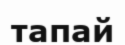
тапай